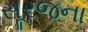
સૂરજના